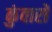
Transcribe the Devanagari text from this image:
कुंवारों